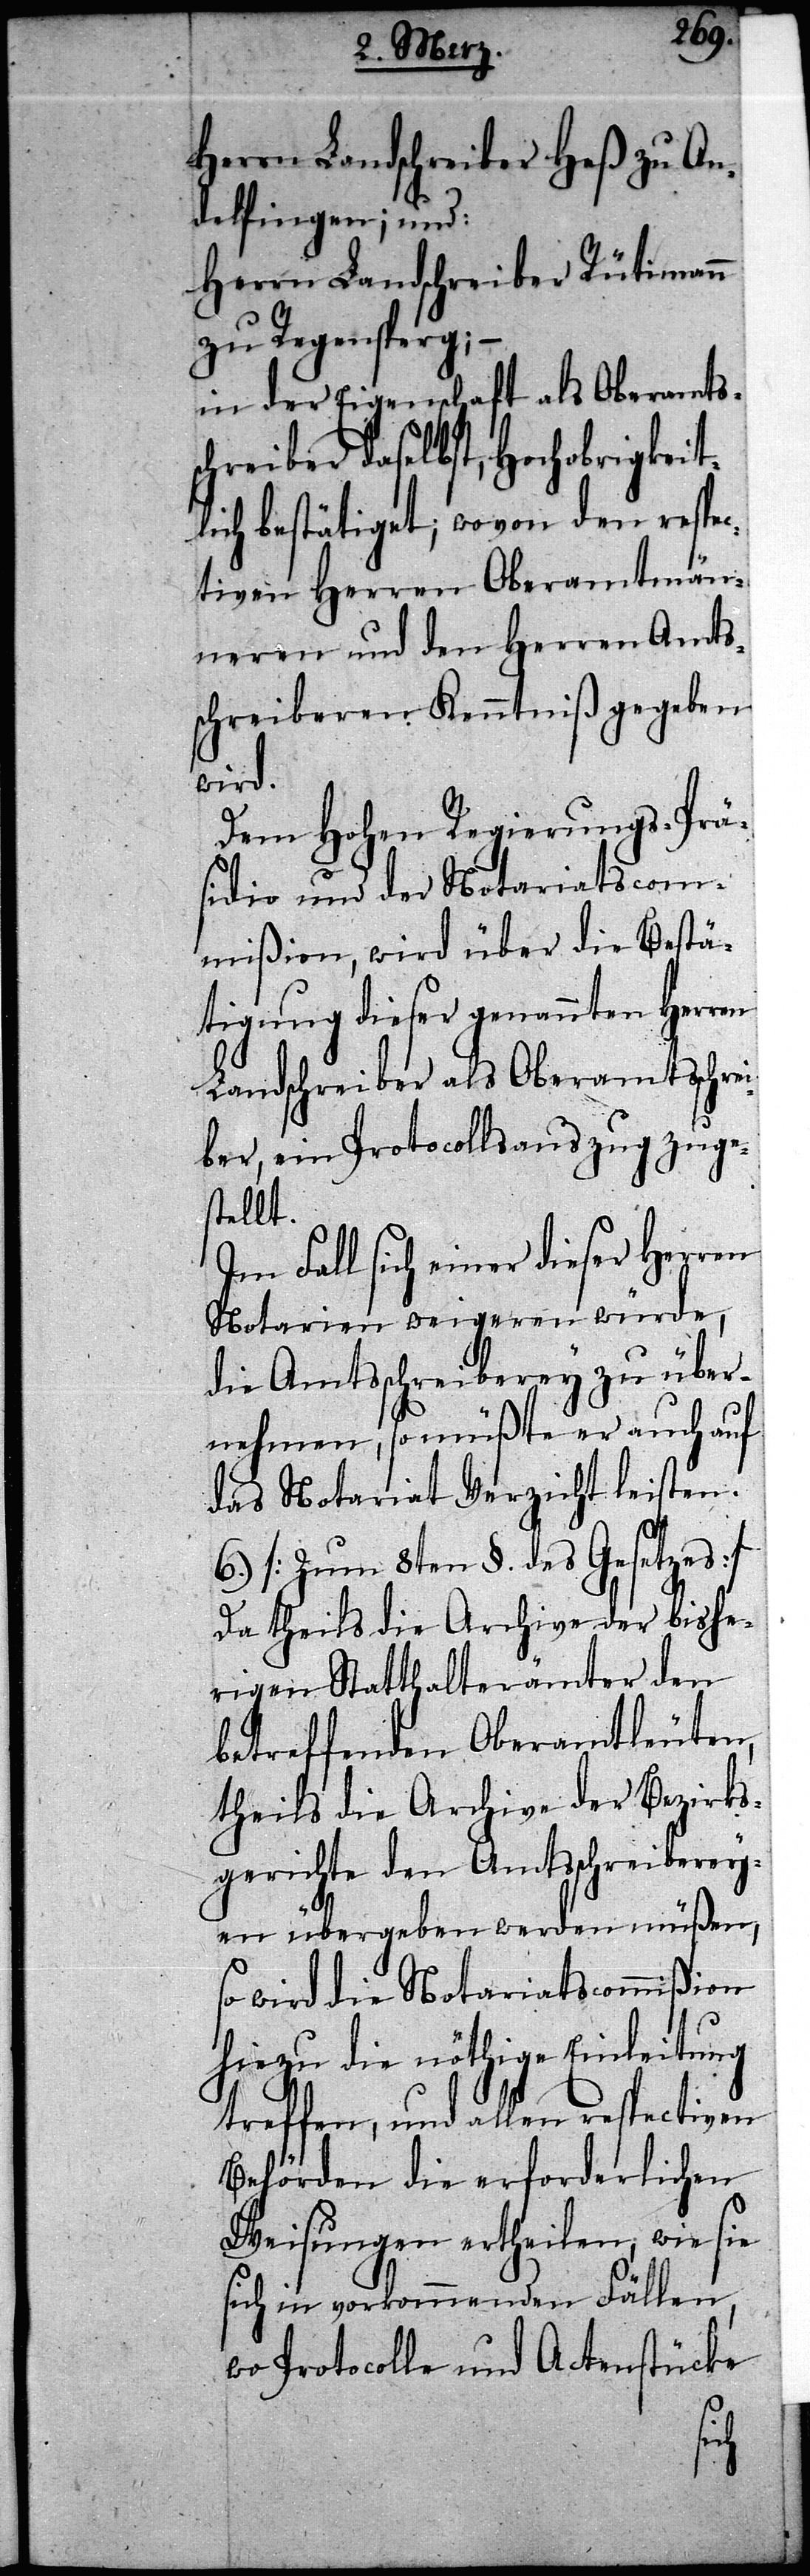
Herrn Landschreiber Heß zu An¬
delfingen; und:
Herrn Landschreiber Rütimann
zu Regensperg;
in der Eigenschaft als Oberamts¬
chreiber daselbst, Hochobrigkeit¬
lich bestätiget; wovon den respec¬
tiven Herren Oberamtmän¬
neren und den Herren Amts¬
schreiberen Kenntniß gegeben
wird.
Dem Hohen Regierungs-Prä¬
sidio und der Notariatscom¬
mißion, wird über die Bestä¬
tigung dieser genannten Herren
Landschreiber als Oberamtschrei¬
ber, ein Protokollsauszug zuge¬
stellt.
Im Fall sich einer dieser Herren
Notarien weigeren würde,
die Amtsschreiberey zu über¬
nehmen, so müßte er auch auf
das Notariat Verzicht leisten.
6.) [Zum 8ten §. des Gesetzes]
Da theils die Archive der bishe¬
rigen Statthalterämter den
betreffenden Oberamtleuten,
theils die Archive der Bezirks¬
gerichte den Amtsschreiberey¬
en übergeben werden müßen,
so wird die Notariatscommißion
hiezu die nöthige Einleitung
treffen, und allen respectiven
Behörden die erforderlichen
Weisungen ertheilen, wie sie
sich in vorkommenden Fällen,
wo Protocolle und Actenstücke
s¬